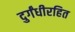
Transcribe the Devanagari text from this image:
दुर्गंधीरहित